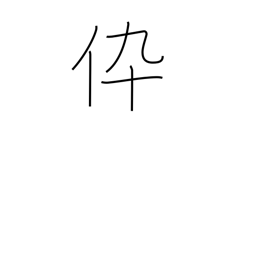
Meaning: son